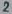
Text: 2